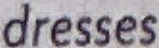
dresses